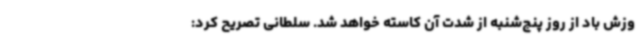
وزش باد از روز پنج‌شنبه از شدت آن کاسته خواهد شد. سلطانی تصریح کرد: